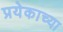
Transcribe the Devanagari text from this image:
प्रयेकाच्या